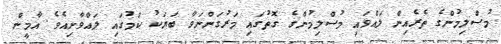
މުސްލިމުންގެ ތެރެއިން ލައްވައި މުސްލިމުންގެ ގޮތުގައި މަރުގަންނަވާ ބަޔަކު ކަމުގައި ލައްވާށިއެވެ. އާމީން